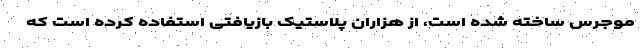
موجرس ساخته شده است، از هزاران پلاستیک بازیافتی استفاده کرده است که